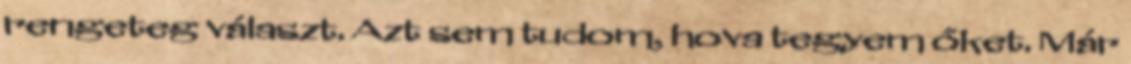
rengeteg választ. Azt sem tudom, hova tegyem őket. Már